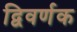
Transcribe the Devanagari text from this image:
द्विवर्णक